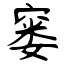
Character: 窭